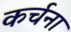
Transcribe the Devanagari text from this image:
कर्चना